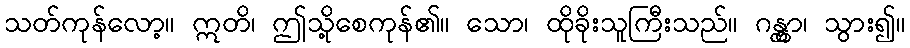
သတ်ကုန်လော့။ ဣတိ၊ ဤသို့စေကုန်၏။ သော၊ ထိုခိုးသူကြီးသည်။ ဂန္တွာ၊ သွား၍။